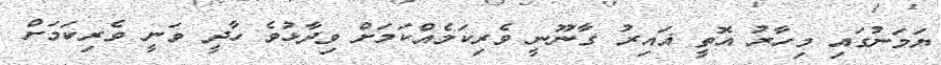
ޔަމަނުގައި މިހާރު އޮތީ ޣައިރު ގާނޫނީ ވެރިކަމެއްކަމަށް ވިދާޅުވެ ހާދީ ވަނީ ވެރިކަމަށް